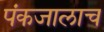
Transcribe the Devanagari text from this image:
पंकजालाच